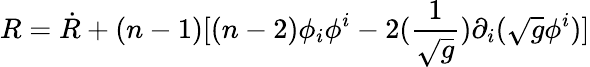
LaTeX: R=\dot{R}+(n-1)[(n-2)\phi_{i}\phi^{i}-2(\frac{1}{\sqrt{g}})\partial_{i}(\sqrt{g}\phi^{i})]